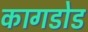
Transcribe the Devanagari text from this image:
कागडोड